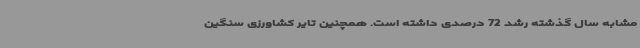
مشابه سال گذشته رشد 72 درصدی داشته است. همچنین تایر کشاورزی سنگین